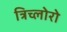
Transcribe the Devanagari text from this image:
त्रिच्लोरो